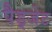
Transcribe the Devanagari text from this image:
पैड्जेट